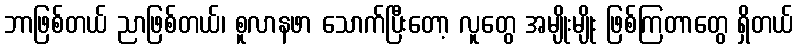
ဘာဖြစ်တယ် ညာဖြစ်တယ်၊ စူလာနဖာ သောက်ပြီးတော့ လူတွေ အမျိုးမျိုး ဖြစ်ကြတာတွေ ရှိတယ်